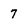
Character: 7